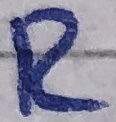
Text: R